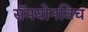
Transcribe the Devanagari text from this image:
सॅमयोनविच